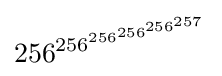
{\,\!256^{256^{256^{256^{256^{257}}}}}}